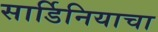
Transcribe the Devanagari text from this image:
सार्डिनियाचा